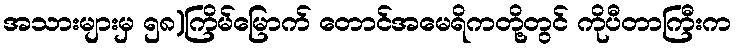
အသားများမှ ၅၈)ကြိမ်မြောက် တောင်အမေရိကတို့တွင် ကိုပီတာကြီးက